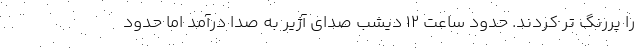
را پررنگ تر کردند. حدود ساعت 12 دیشب صدای آژیر به صدا درآمد اما حدود